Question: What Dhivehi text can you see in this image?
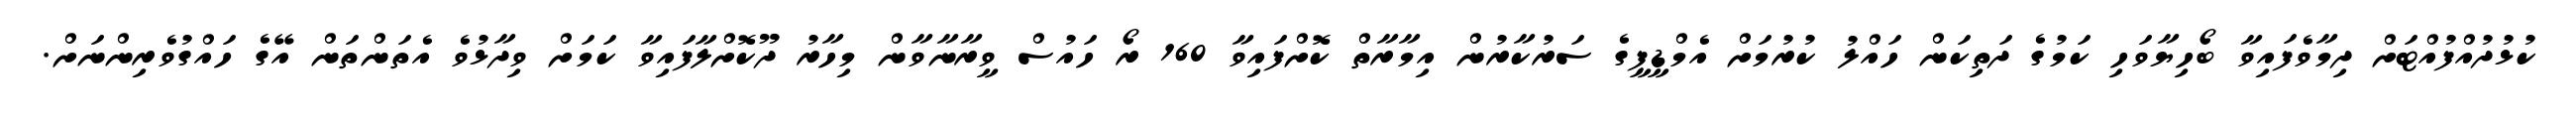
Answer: ކުޅުދުއްފުއްޓަށް ދިމާވެފައިވާ ބޯހިޔާވަހި ކަމުގެ ދަތިކަން ހައްލު ކުރުމަށް އެމްޑީޕީގެ ސަރުކާރުން އިމާރާތް ކޮށްފައިވާ 160 ރޯ ހައުސް ވީރާނާވާން މިހާރު ދޫކޮށްލާފައިވާ ކަމަށް ވިދާޅުވެ އެތަންތަން އޭގެ ހައްގުވެރިންނަށް.